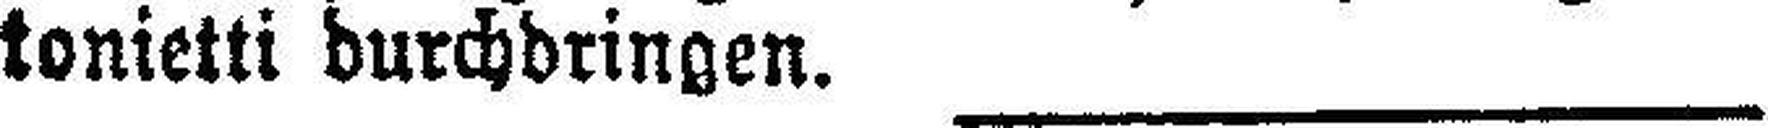
tonietti durchdringen.